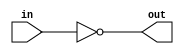
module inverting_buffer (
    input wire in,
    output wire out
);

assign out = ~in;

endmodule